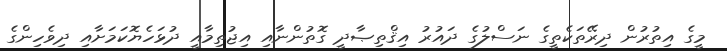
މީގެ އިތުރުން ދިރޭތަކެތީގެ ނަސްލުގެ ދައުރު އިޤްތިޞާދީ ގޮތުންނާއި އިޖުތިމާއީ ދުޅަހެޔޮކަމަށާއި ދިވެހިންގެ